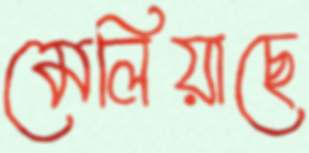
মেলিয়াছে